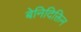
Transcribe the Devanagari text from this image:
बेनिदिक्तिन